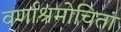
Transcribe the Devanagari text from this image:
वर्णाश्रमोचितां